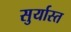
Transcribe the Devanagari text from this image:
सुर्यास्‍त